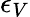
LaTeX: \epsilon_{V}